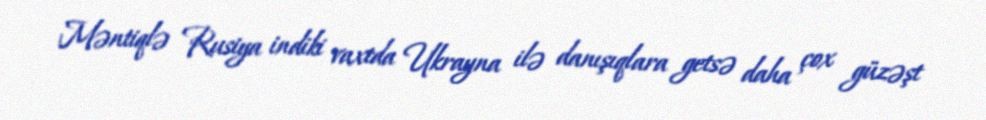
Məntiqlə Rusiya indiki vaxtda Ukrayna ilə danışıqlara getsə daha çox güzəşt